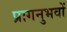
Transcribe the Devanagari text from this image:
प्रागनुभवों